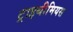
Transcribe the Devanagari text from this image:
ट्राइथीमियस